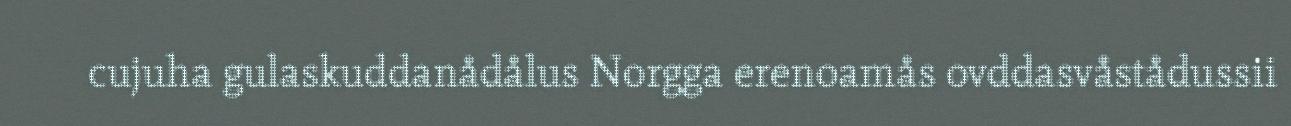
cujuha gulaskuddanådålus Norgga erenoamås ovddasvåstådussii